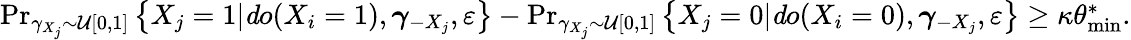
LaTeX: \begin{array}{r}{\operatorname*{Pr}_{\gamma_{X_{j}}\sim\mathcal{U}[0,1]}\left\{ X_{j}=1|{\mathit do}(X_{i}=1),\boldsymbol{\gamma}_{-X_{j}},\varepsilon\right\} -\operatorname*{Pr}_{\gamma_{X_{j}}\sim\mathcal{U}[0,1]}\left\{ X_{j}=0|{\mathit do}(X_{i}=0),\boldsymbol{\gamma}_{-X_{j}},\varepsilon\right\} \geq\kappa\theta_{\operatorname*{min}}^{*}.}\end{array}